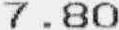
7.80